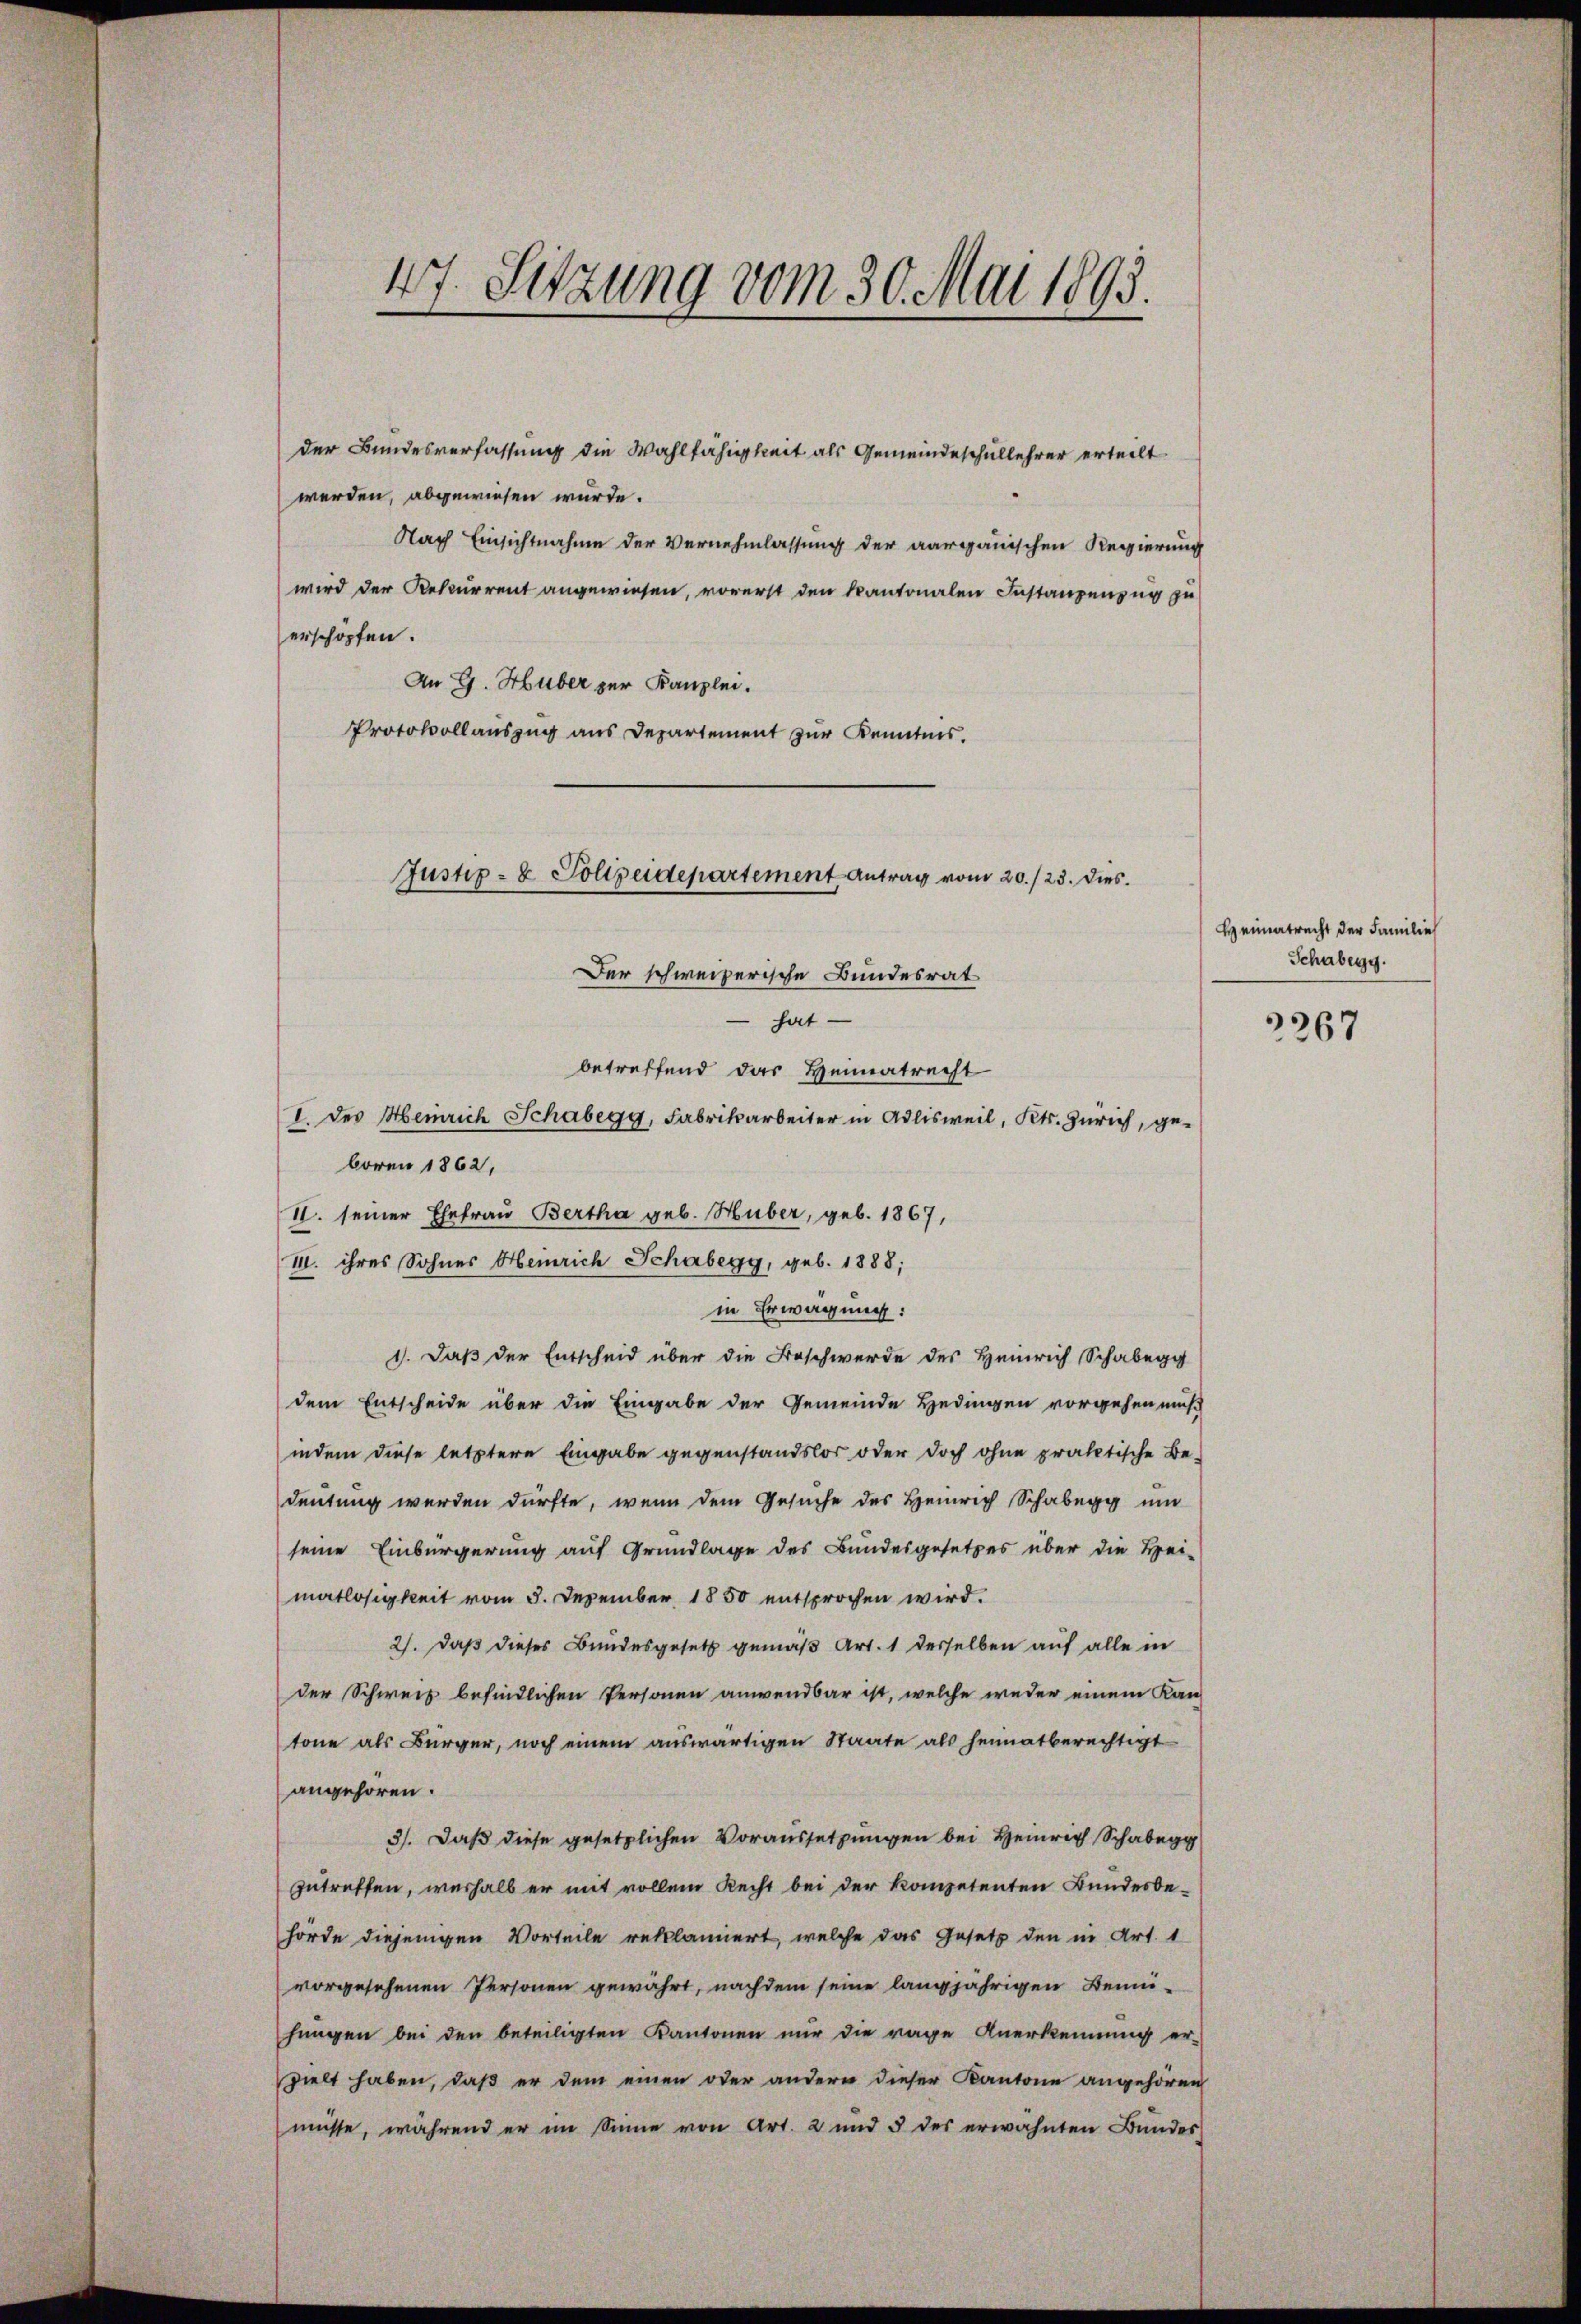
47. Sitzung vom 30. Mai 1893.

der Bundesverfassung die Wahlfähigkeit als Gemeindeschullehrer erteilt.
werden, abgewiesen würde.
Nach Einsichtnahme der Vernehmlassung der aargauischen Regierung
wird der Rekurrent angewiesen, vorerst den kantonalen Instanzenzug zu
erschöpfen.
An G. Huber zur Kanzlei.
Protokollauszug aus Departement zur Kenntnis.

Justiz- & Polizeidepartement Antrag vom 20./23. Dies

Der schweizerische Bundesrat
hat
betreffend das Heimatrecht
I. des Heinrich Schabegg, Fabrikarbeiter in Adlisweil, Kts. Zürich, geboren 1862,
II. seiner Ehefrau Bertha geb. Huber, geb. 1867,
III. ihres Sohnes Heinrich Schabegg, geb. 1888;
in Erwägung:
1. Daß der Entscheid über die Beschwerde des Heinrich Schabegg
dem Entscheide über die Eingabe der Gemeinde Hedingen vorgehen müß
indem diese letztere Eingabe gegenstandslos oder doch ohne praktische Be-
deutung werden dürfte, wenn dem Gesuche des Heinrich Schaberg um
seine Einbürgerung auf Grundlage des Bundesgesetzes über die Hei-
matlosigkeit vom 5. Dezember 1850 entsprochen wird.
2). Daß dieses Bundesgesetz gemäß Art. 1 derselben auf alle in
der Schweiz befindlichen Personen anwendbar ist, welche weder einem Kan-
tone als Bürger, noch einem auswärtigen Staate als heimatberechtigt
angehören.
3). Daß diese gesetzlichen Voraussetzungen bei Heinrich Schabe
zutreffen, weshalb er mit vollem Recht bei der kompetenten Bundesbe-
hörde diejenigen Vorteile reklamiert, welche das Gesetz den in Art. 1
vorgesehenen Personen gewährt, nachdem seine langjährigen Bemühungen bei den beteiligten Kantonen nur die rage Anerkennung er-
zielt haben, daß er dem einen oder andern dieser Kantone angehören
müsse, während er im Sinne von Art. 2 und 5 des erwähnten Bundes

Heimatrecht der Familie
Schabegg.

3267